Scottish Leaving Certificate Examination, 1956
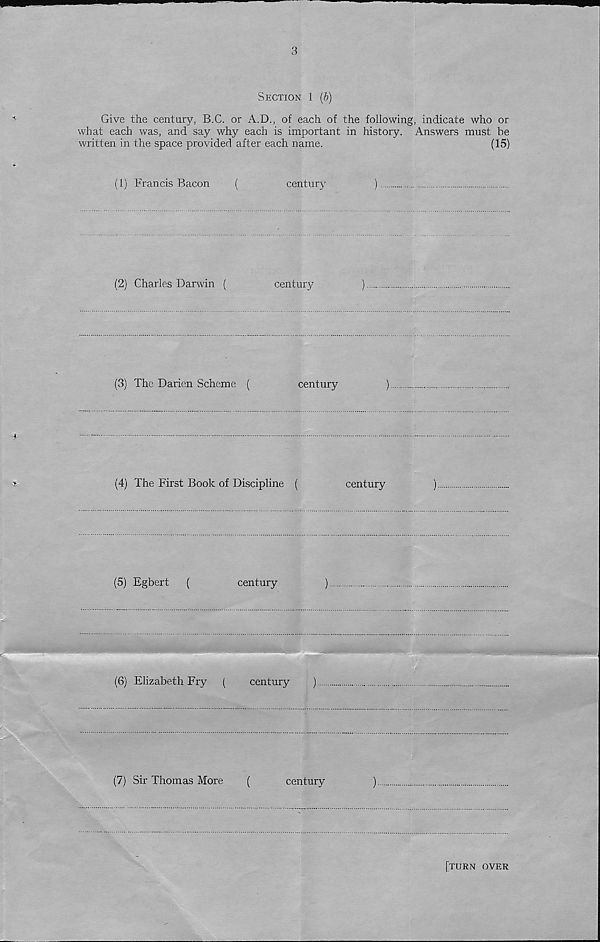
Section 1 {b)
Give the century, B.C. or A.D., of each of the following, indicate who or
what each was, and say why each is important in history. Answers must be
written in the space provided after each name.
(15)
(1) Francis Bacon
(
century
)
(2) Charles Darwin (
century
)
(3) The Darien Scheme (
century
)
(4) The First Book of Discipline (
century
)
(5) Egbert
(
century
)
(6) Elizabeth Fry
(
century
)
(7) Sir Thomas More
(
century
)
[turn over